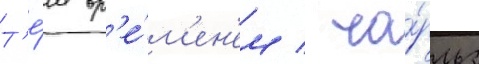
Т'е́м вр'е́м'ен'ем / ча́рльз